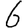
Digit: 6